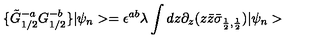
\{ \tilde { G } _ { 1 / 2 } ^ { - a } { G } _ { 1 / 2 } ^ { - b } \} | \psi _ { n } > = \epsilon ^ { a b } \lambda \int d z \partial _ { z } ( z \bar { z } \bar { \sigma } _ { \frac { 1 } { 2 } , \frac { 1 } { 2 } } ) | \psi _ { n } >